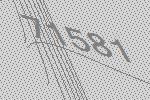
71581